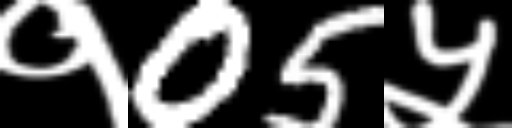
Text: १05५